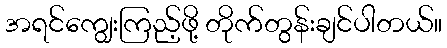
အရင်ကျွေးကြည့်ဖို့ တိုက်တွန်းချင်ပါတယ်။